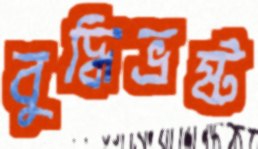
বুদ্ধিভ্রষ্ট